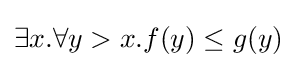
\exists x.\forall y>x.f(y)\leq g(y)